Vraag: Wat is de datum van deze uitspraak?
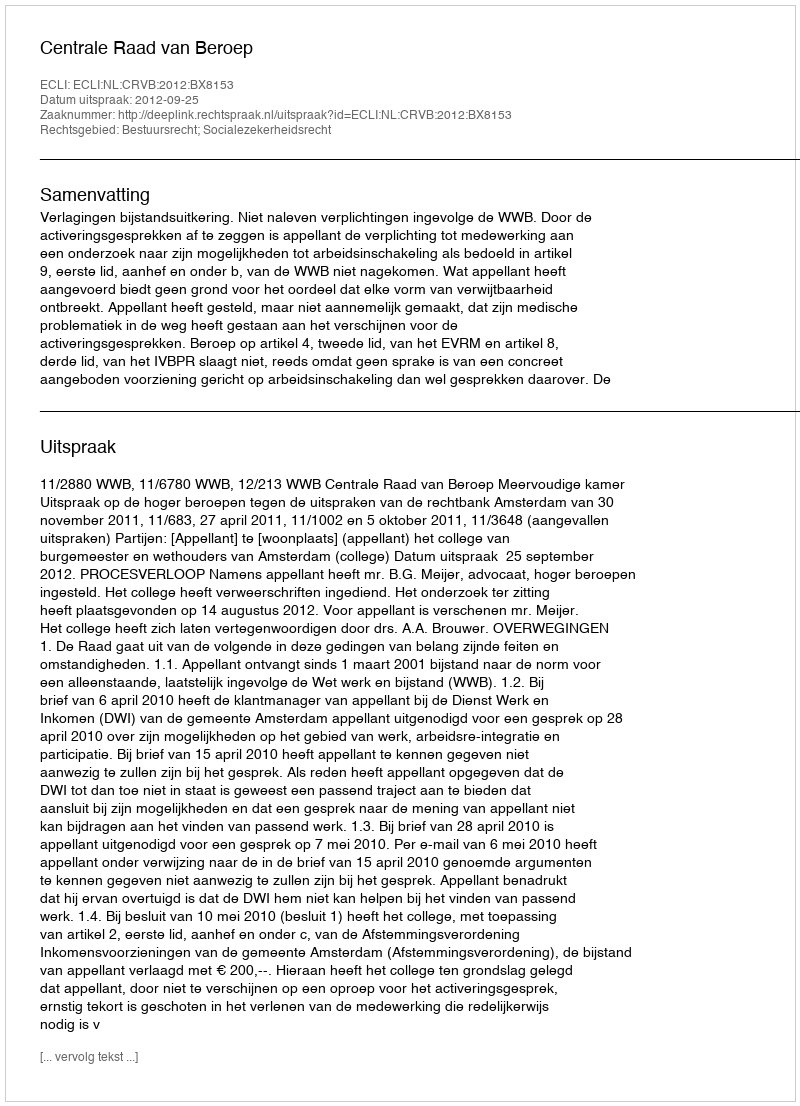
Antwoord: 2012-09-25